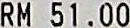
RM 51.00